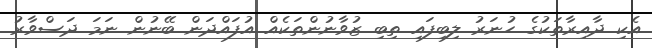
އެކި ދާއިރާތަކުގެ ހުނަރު ލިބިފައި ތިބި ޒުވާނުންތަކެއް އުފައްދަން ބޭނުން ނަމަ ދަސްވާރު